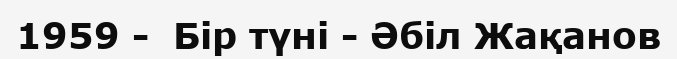
1959 -  Бір түні - Әбіл Жақанов